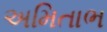
અમિતાભ